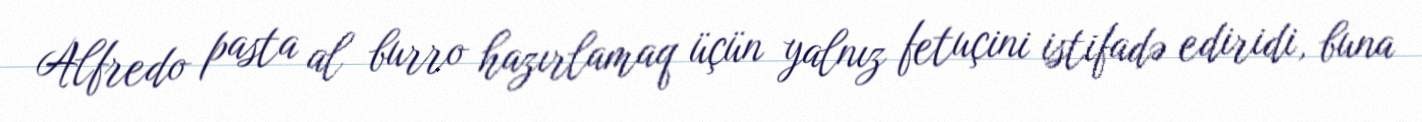
Alfredo pasta al burro hazırlamaq üçün yalnız fetuçini istifadə ediridi, buna